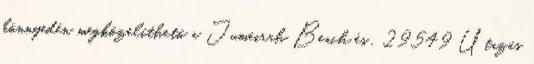
könnyedén megközelíthető a Jumeirah Beach és . 29549 Utazás